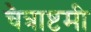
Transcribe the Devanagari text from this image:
चैत्राष्टमी